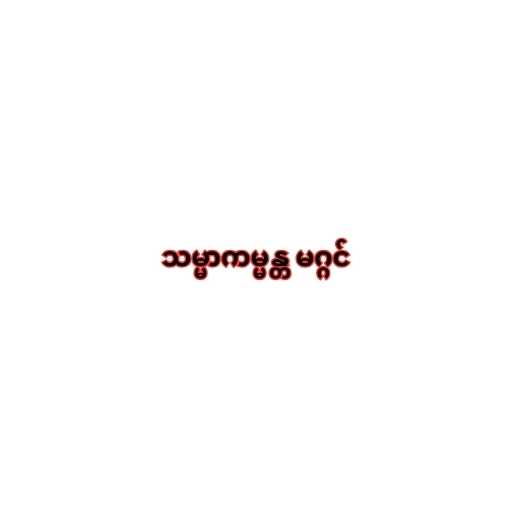
သမ္မာကမ္မန္တ မဂ္ဂင်